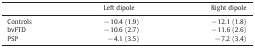
|  | Left dipole | Right dipole |
 | --- | --- | --- |
 | Controls | − 10.4 (1.9) | − 12.1 (1.8) |
 | bvFTD | − 10.6 (2.7) | − 11.6 (2.6) |
 | PSP | − 4.1 (3.5) | − 7.2 (3.4) |